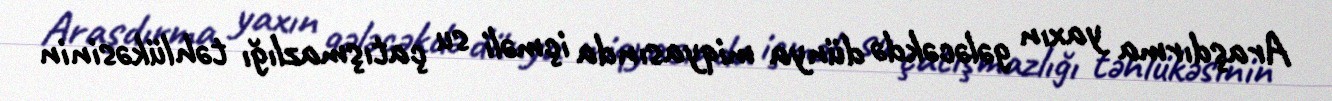
Araşdırma yaxın gələcəkdə dünya miqyasında içməli su çatışmazlığı təhlükəsinin